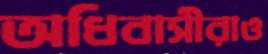
অধিবাসীরাও